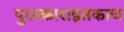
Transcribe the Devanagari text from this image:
पुरस्काराइतकाच